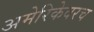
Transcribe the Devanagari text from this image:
अमेरिकेवरच